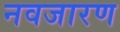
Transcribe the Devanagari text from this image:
नवजारण